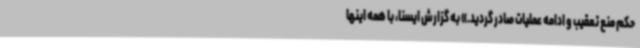
حکم منع تعقیب و ادامه عملیات صادر گردید.» به گزارش ایسنا، با همه اینها